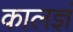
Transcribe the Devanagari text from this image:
कालज्ञं